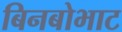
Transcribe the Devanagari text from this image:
बिनबोभाट